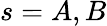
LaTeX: s=A,B